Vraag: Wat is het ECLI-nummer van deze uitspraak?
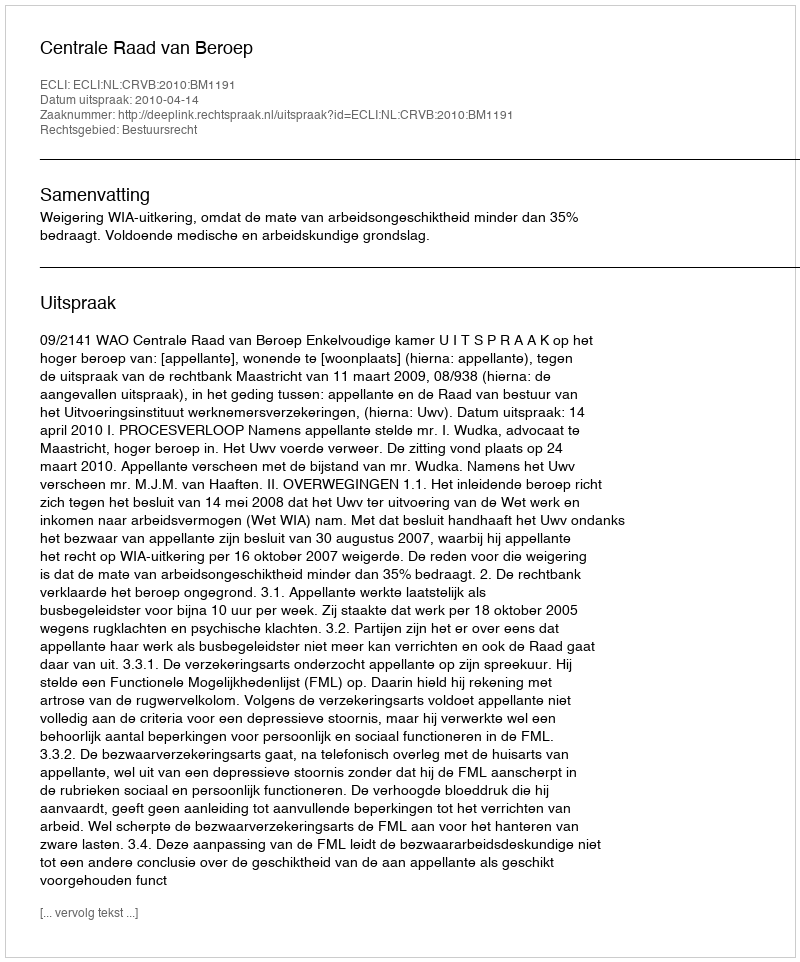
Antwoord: ECLI:NL:CRVB:2010:BM1191